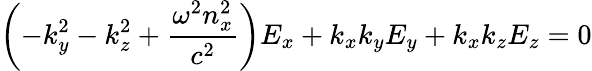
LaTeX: \left(-k_{y}^{2}-k_{z}^{2}+{\frac{\omega^{2}n_{x}^{2}}{c^{2}}}\right)E_{x}+k_{x}k_{y}E_{y}+k_{x}k_{z}E_{z}=0